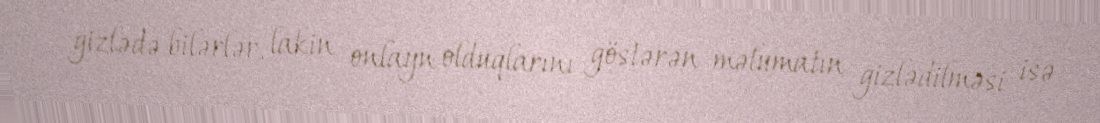
gizlədə bilərlər, lakin onlayn olduqlarını göstərən məlumatın gizlədilməsi isə